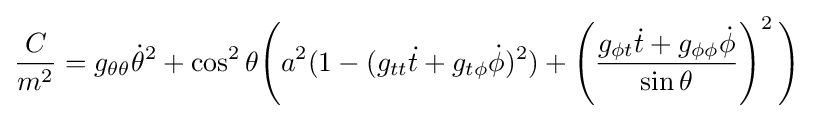
{\frac {C}{m^{2}}}=g_{\theta \theta }{\dot {\theta }}^{2}+\cos ^{2}\theta {\Bigg (}a^{2}(1-(g_{tt}{\dot {t}}+g_{t\phi }{\dot {\phi }})^{2})+\left({\frac {g_{\phi t}{\dot {t}}+g_{\phi \phi }{\dot {\phi }}}{\sin \theta }}\right)^{2}{\Bigg )}